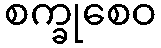
စက္ခုစေဝ